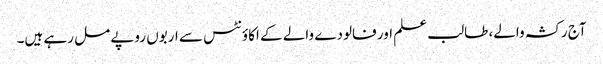
آج رکشہ والے، طالب علم اور فالودے والے کے اکاؤنٹس سے اربوں روپے مل رہے ہیں۔